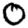
Digit: 0